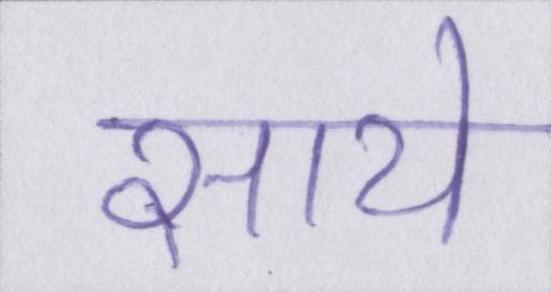
साये